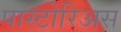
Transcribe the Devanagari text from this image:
पास्टोरिअस